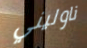
ناوليني